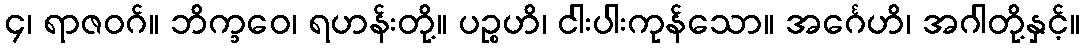
၄၊ ရာဇဝဂ်။ ဘိက္ခဝေ၊ ရဟန်းတို့။ ပဉ္စဟိ၊ ငါးပါးကုန်သော။ အင်္ဂေဟိ၊ အဂါတို့နှင့်။